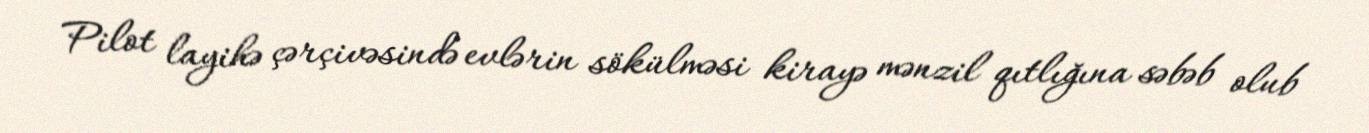
Pilot layihə çərçivəsində evlərin sökülməsi kirayə mənzil qıtlığına səbəb olub